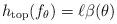
LaTeX: \begin{align*}h_{\mathrm{top}}(f_\theta)=\ell \beta(\theta)\end{align*}